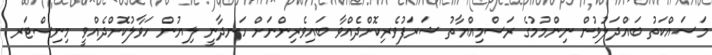
މަސައްކަތު ބައްދަލުވުން ނިންމުމުގެ ރަސްމިއްޔާތު ޝަރަފުވެރިކޮށްދެއްވާ ބައިވެރިންނަށް ހަނދާނީ ލިޔުން ހަވާލުކޮށްދެއްވީ މިނިސްޓަރ